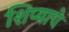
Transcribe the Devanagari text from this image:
शिप्याचे